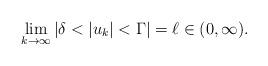
LaTeX: \begin{align*} \lim_{k\to \infty}|\delta<|u_{k}|<\Gamma|=\ell\in (0,\infty). \end{align*}